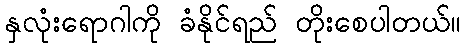
နှလုံးရောဂါကို ခံနိုင်ရည် တိုးစေပါတယ်။